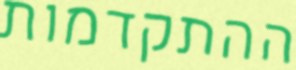
ההתקדמות